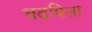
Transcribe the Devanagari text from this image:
चढ़विला